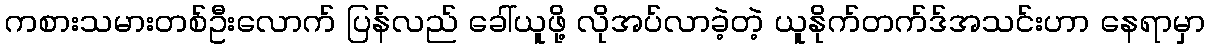
ကစားသမားတစ်ဦးလောက် ပြန်လည် ခေါ်ယူဖို့ လိုအပ်လာခဲ့တဲ့ ယူနိုက်တက်ဒ်အသင်းဟာ နေရာမှာ